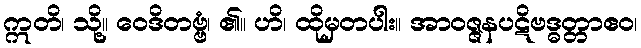
ဣတိ၊ သို့။ ဝေဒိတဗ္ဗံ၊ ၏။ ဟိ၊ ထိုမှတပါး။ အာဝဇ္ဇနပဋိဗဒ္ဓတ္တာဧဝ၊